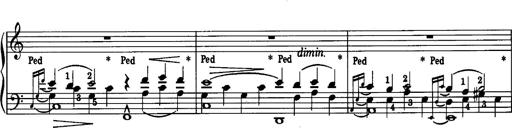
Title: La romanesca
Composer: Franz Liszt